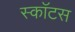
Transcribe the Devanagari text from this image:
स्काॅटस